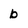
Character: b